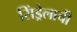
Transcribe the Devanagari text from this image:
सिंड्रेलाची